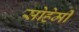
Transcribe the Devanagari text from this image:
सोहेमी